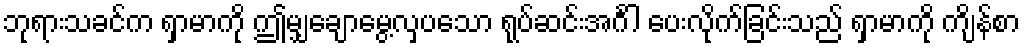
ဘုရားသခင်က ရှာမာကို ဤမျှချောမွေ့လှပသော ရုပ်ဆင်းအင်္ဂါ ပေးလိုက်ခြင်းသည် ရှာမာကို ကျိန်စာ